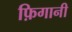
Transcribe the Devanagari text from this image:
फ़िगानी